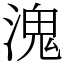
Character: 溾